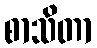
စာသိတာ